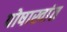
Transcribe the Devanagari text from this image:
पोषाखांत